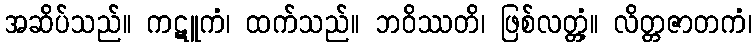
အဆိပ်သည်။ ကဋူကံ၊ ထက်သည်။ ဘဝိဿတိ၊ ဖြစ်လတ္တံ့။ လိတ္တဇာတကံ၊